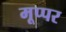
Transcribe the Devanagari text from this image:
मूप्पर